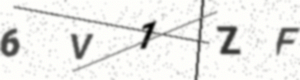
Text: 6V1ZF